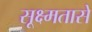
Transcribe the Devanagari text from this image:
सूक्ष्मतासे